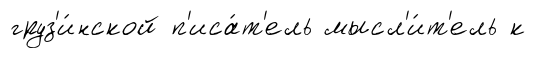
груз'и́нской п'иса́т'ель мысл'и́т'ель к